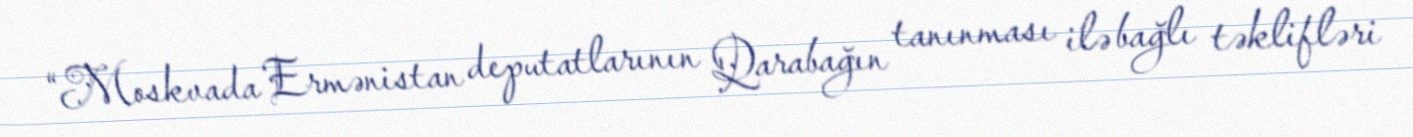
“Moskvada Ermənistan deputatlarının Qarabağın tanınması ilə bağlı təklifləri